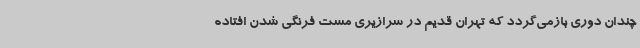
‌چندان دوری بازمی‌گردد که تهران قدیم در سرازیری مست فرنگی‌ شدن افتاده‌